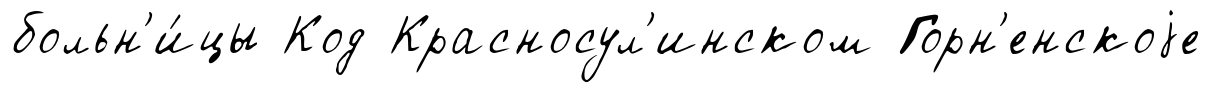
больн'и́цы Код Красносул'инском Горн'енскоjе